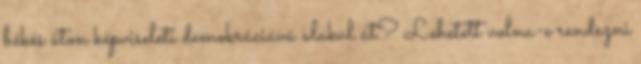
békés úton képviseleti demokráciává alakul át? Lehetett volna-e rendezni